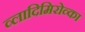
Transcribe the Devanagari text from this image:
व्लादिमिरोव्का